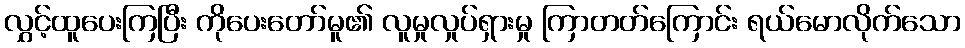
လွှင့်ထူပေးကြပြီး ကိုပေးတော်မူ၏ လူမှုလှုပ်ရှားမှု ကြာတတ်ကြောင်း ရယ်မောလိုက်သော